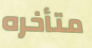
متأخره